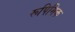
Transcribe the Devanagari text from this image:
रूपिमिक